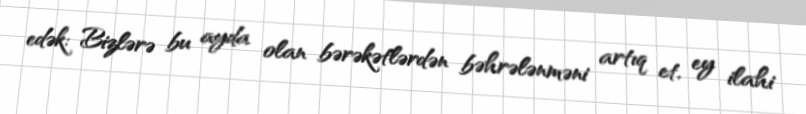
edək: Bizlərə bu ayda olan bərəkətlərdən bəhrələnməni artıq et, ey ilahi